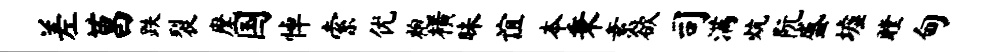
差莒跌裂麾国悼索优袍横昧谊本秉素欲司满炕阮盛墟瞠甸